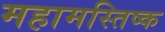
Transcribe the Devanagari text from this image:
महामस्तिष्क